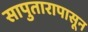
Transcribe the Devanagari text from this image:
सापुतारापासून